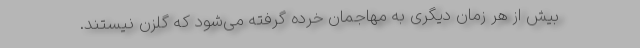
بیش از هر زمان دیگری به مهاجمان خرده گرفته می‌شود که گلزن نیستند.